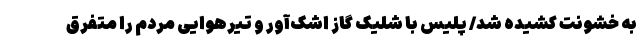
به خشونت کشیده شد/ پلیس با شلیک گاز اشک‌آور و تیرهوایی مردم را متفرق